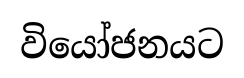
වියෝජනයට